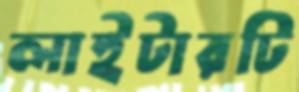
লাইটারটি